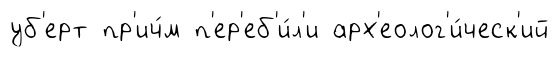
уб'ерт пр'ич́м п'ер'еб'и́л'и арх'еолог'и́ческ'ий